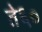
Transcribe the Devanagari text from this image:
ते६०